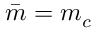
\bar { m } = m _ { c }